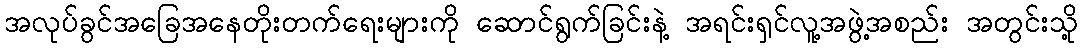
အလုပ်ခွင်အခြေအနေတိုးတက်ရေးများကို ဆောင်ရွက်ခြင်းနဲ့ အရင်းရှင်လူ့အဖွဲ့အစည်း အတွင်းသို့